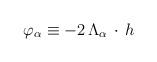
LaTeX: \begin{align*}\varphi_\alpha \equiv -2 \, \Lambda_\alpha \, \cdot \, h\end{align*}